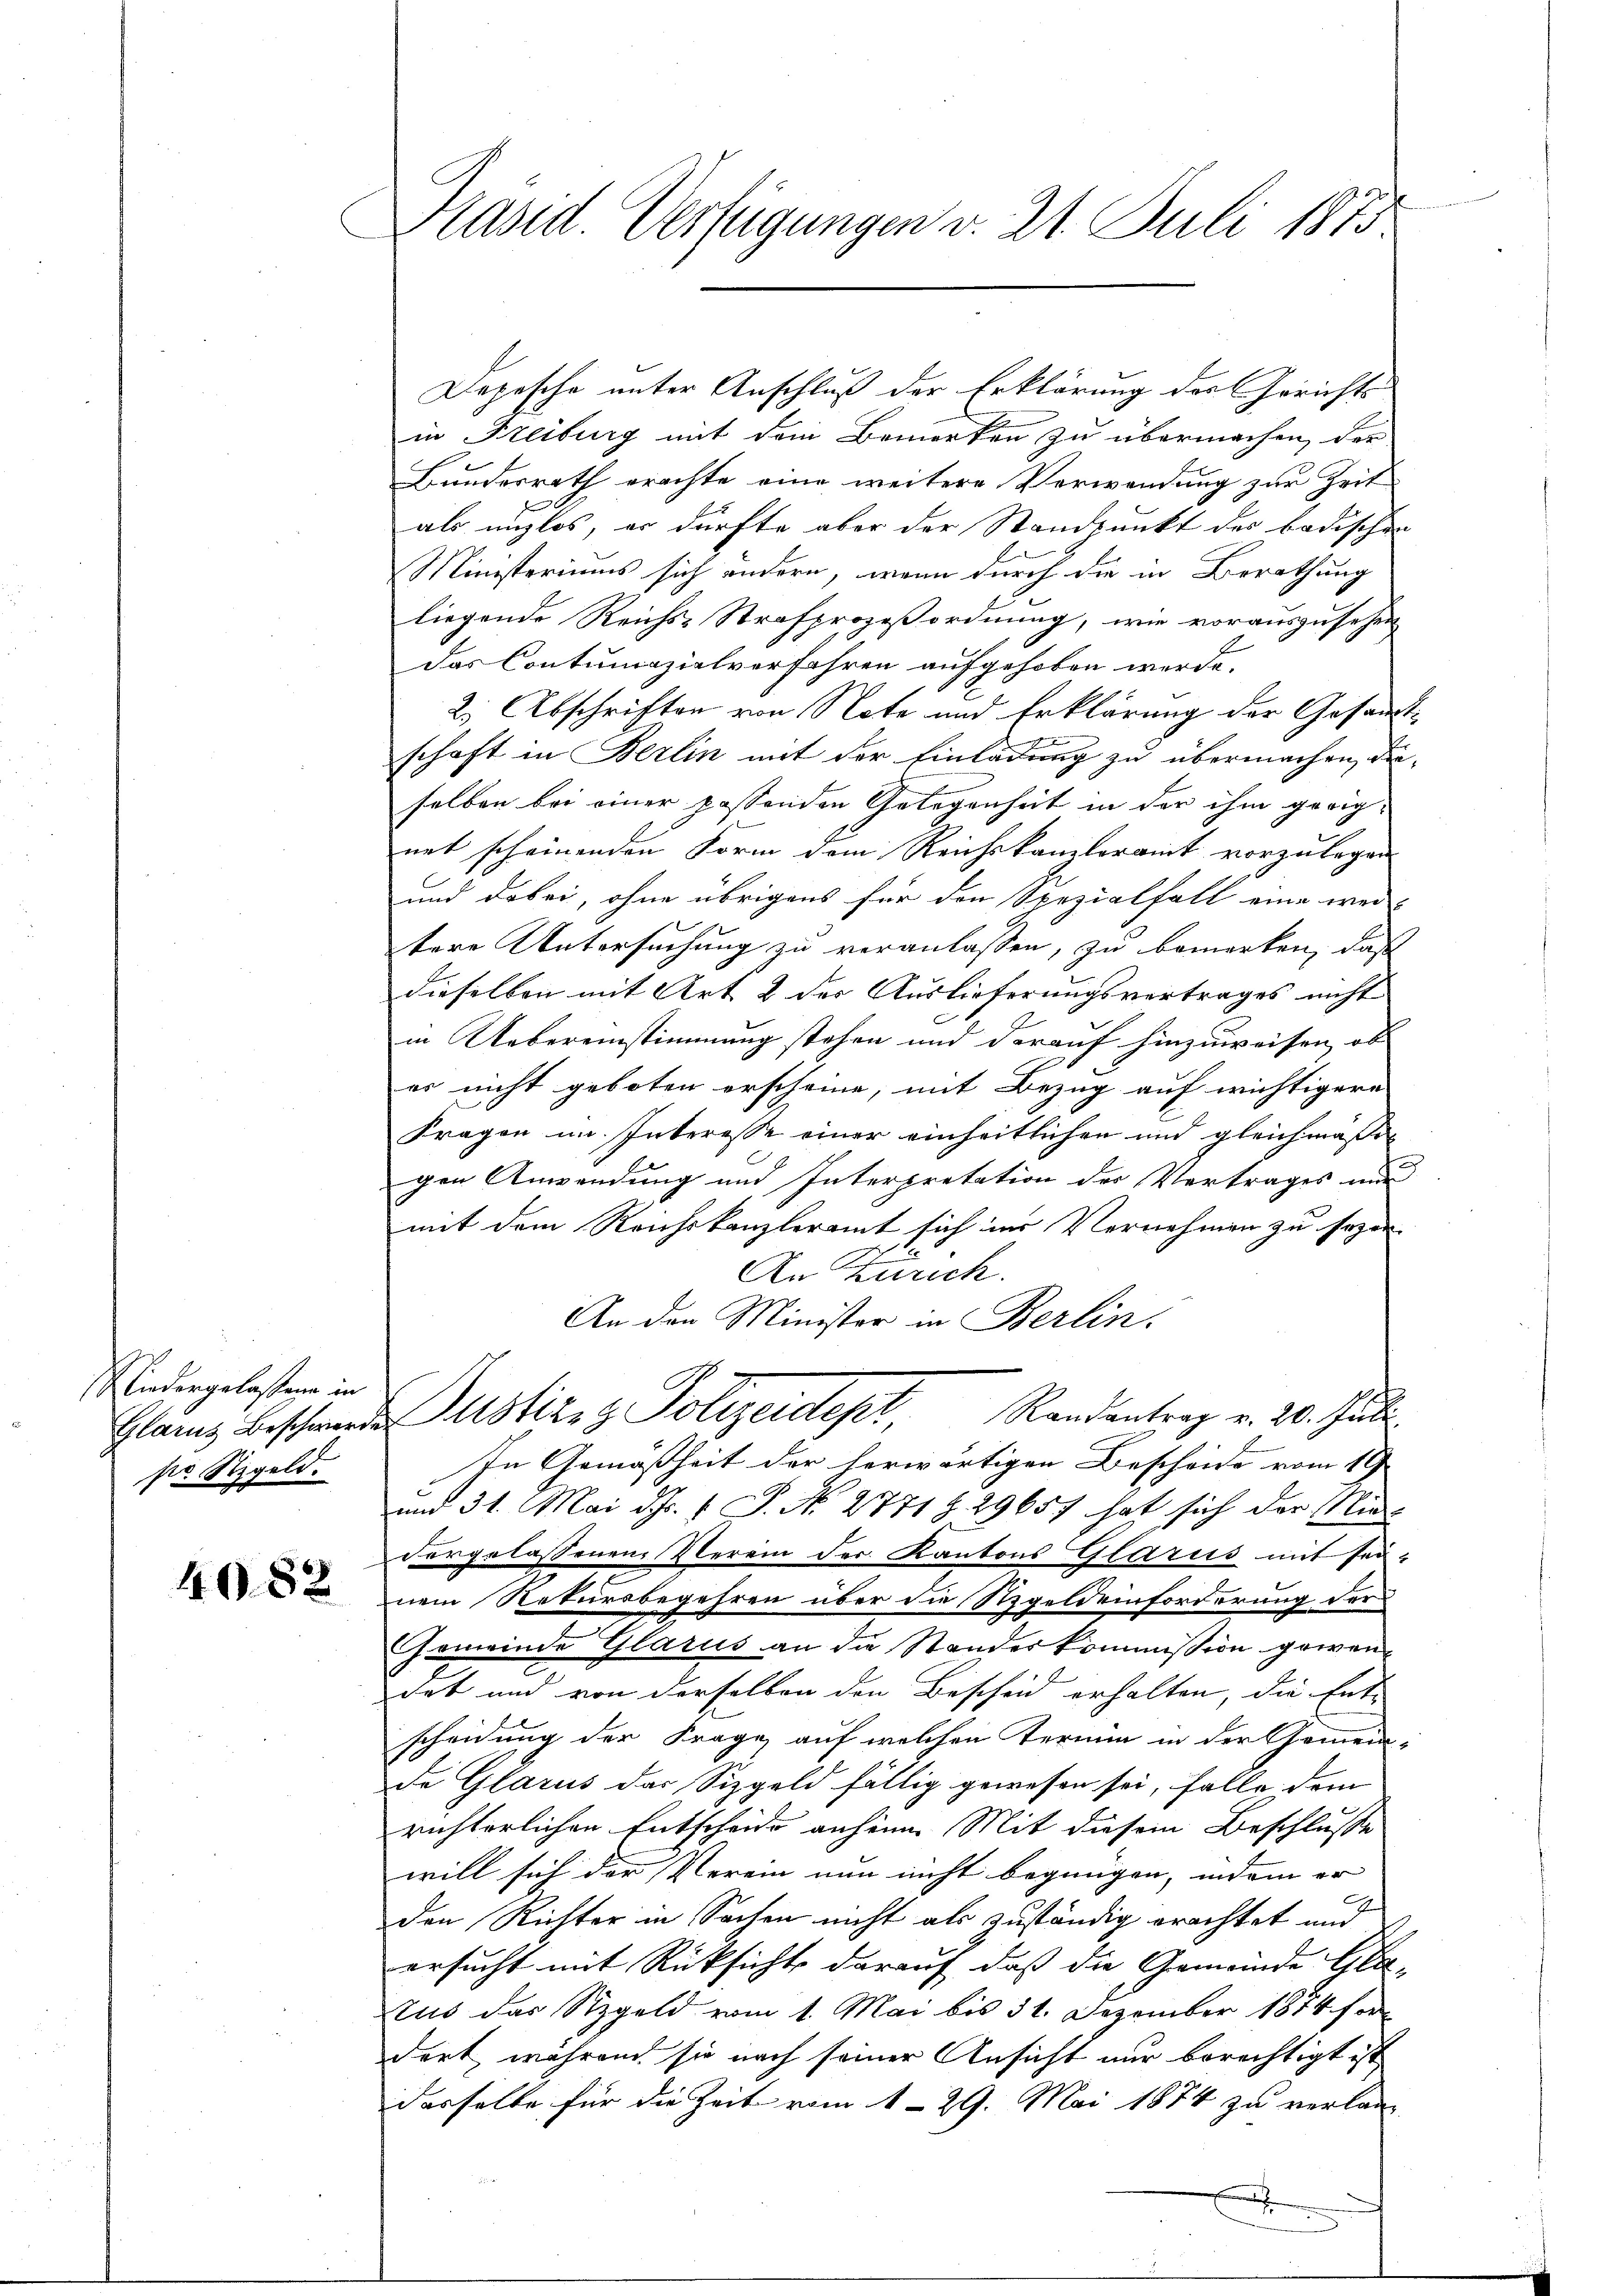
liedergelasten in
pr. Stegeld.

4082

Präsid. Verfügungen v. 21. Juli 1883

in Freiburg mit dem Bemerken zu übermachen, der
Bundesrath erachte eine weitere Verwendung zur Zeit
als unzlos, er dürfte aber der Standpunkt des badischen
Ministeriums sich ändern, wenn durch die in Berathung
liegende Reichs-Strafprozeßordnung, wie vorauszusehen
das Contumazialverfahren aufgehoben werde.
2. Abschriften von Note und Erklärung der Gesandtschaft in Berlin mit der Einladung zu übermachen, dieselben bei einer passenden Gelegenheit in der ihm geeignet scheinenden Form dem Reichskanzleramt vorzulegen
und dabei, ohne übrigens für den Spezialfall eine wei-
tere Untersuchung zu veranlassen, zu bemerken, daß
dieselben mit Art & der Auslieferungsvertrages nicht
in Uebereinstimmung stehen und darauf hinzuweisen, ob
es nicht geboten erscheine, mit Bezug auf wichtigere
Fragen im Interesse einer einheitlichen und gleichmäßigen Anwendung und Interpretation der Vertrages und
mit dem Reichskanzleramt sich ins Vernehmen zu sezen-
An Zürich.
An den Minister in Berlin.
Glarus Beschwerde Motive z. Polizeidept, Randantrag v. 20. Juli.
In Gemäßheit der herwärtigen Bescheide vom 19.
und 31. Mai d. 4. S. No. 2771 § 29657 hat sich der Nie
dergelassenen Verein der Kantons Glarus mit sei-
2
nem Retursbegehren über die Regeldeinforderung der
Gemeinde Glarus an die Standeskommission gewendet und von derselben den Bescheid erhalten, die Ent-
scheidung der Frage auf welchen Termin in der Gemein-
de Glarus das Sizgeld fällig gewesen sei, falle dem
richterlichen Entscheide anhine Mit diesem Beschlusse
will sich der Verein nun nicht begnügen, indem er |
x
den Richter in Sachen nicht als zuständig erachtet und
ersucht mit Rücksicht darauf, daß die Gemeinde Glatus das Szgeld vom 1. Mai bis 31. Dezember 1874 fr
dert, während sie nach seiner Ansicht nur berechtigt ist,
dasselbe für die Zeit vom 1. 29. Mai 1874 zu verlan¬
.

Depesche unter Anschluß der Erklärung der Gerichts